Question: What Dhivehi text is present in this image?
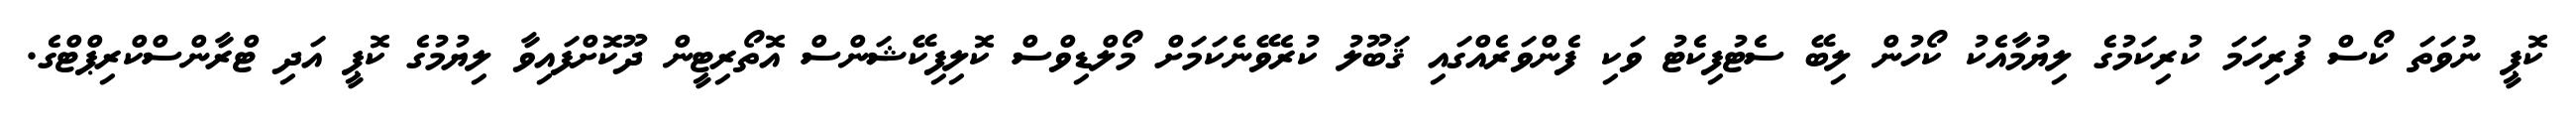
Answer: ކޮޕީ ނުވަތަ ކޯސް ފުރިހަމަ ކުރިކަމުގެ ލިޔުމާއެކު ކޯހުން ލިބޭ ސެޓުފިކެޓު ވަކި ފެންވަރެއްގައި ޤަބޫލު ކުރެވޭނެކަމަށް މޯލްޑިވްސް ކޮލިފިކޭޝަންސް އޮތޯރިޓީން ދޫކޮށްފައިވާ ލިޔުމުގެ ކޮޕީ އަދި ޓްރާންސްކްރިޕްޓްގެ.